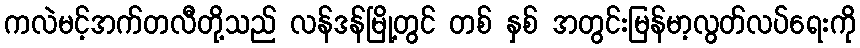
ကလဲမင့်အက်တလီတို့သည် လန်ဒန်မြို့တွင် တစ် နှစ် အတွင်းမြန်မာ့လွတ်လပ်ရေးကို